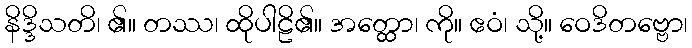
နိဒ္ဒိသတိ၊ ၏။ တဿ၊ ထိုပါဠိ၏။ အတ္ထော၊ ကို။ ဧဝံ၊ သို့။ ဝေဒိတဗ္ဗော၊